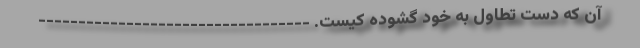
آن که دست تطاول به خود گشوده کیست. ----------------------------------